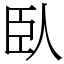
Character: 臥